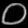
Digit: ၀